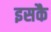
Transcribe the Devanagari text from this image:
इसकै